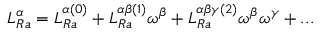
L _ { R a } ^ { \alpha } = L _ { R a } ^ { \alpha ( 0 ) } + L _ { R a } ^ { \alpha \beta ( 1 ) } \omega ^ { \beta } + L _ { R a } ^ { \alpha \beta \gamma ( 2 ) } \omega ^ { \beta } \omega ^ { \gamma } + . . .